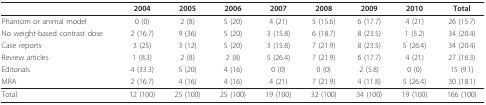
<table><thead><tr><td></td><td><b>2004</b></td><td><b>2005</b></td><td><b>2006</b></td><td><b>2007</b></td><td><b>2008</b></td><td><b>2009</b></td><td><b>2010</b></td><td><b>Total</b></td></tr></thead><tbody><tr><td>Phantom or animal model</td><td>0 (0)</td><td>2 (8)</td><td>5 (20)</td><td>4 (21)</td><td>5 (15.6)</td><td>6 (17.7)</td><td>4 (21)</td><td>26 (15.7)</td></tr><tr><td>No weight-based contrast dose</td><td>2 (16.7)</td><td>9 (36)</td><td>5 (20)</td><td>3 (15.8)</td><td>6 (18.7)</td><td>8 (23.5)</td><td>1 (5.2)</td><td>34 (20.4)</td></tr><tr><td>Case reports</td><td>3 (25)</td><td>3 (12)</td><td>5 (20)</td><td>3 (15.8)</td><td>7 (21.9)</td><td>8 (23.5)</td><td>5 (26.4)</td><td>34 (20.4)</td></tr><tr><td>Review articles</td><td>1 (8.3)</td><td>2 (8)</td><td>2 (8)</td><td>5 (26.4)</td><td>7 (21.9)</td><td>6 (17.7)</td><td>4 (21)</td><td>27 (16.3)</td></tr><tr><td>Editorials</td><td>4 (33.3)</td><td>5 (20)</td><td>4 (16)</td><td>0 (0)</td><td>0 (0)</td><td>2 (5.8)</td><td>0 (0)</td><td>15 (9.1)</td></tr><tr><td>MRA</td><td>2 (16.7)</td><td>4 (16)</td><td>4 (16)</td><td>4 (21)</td><td>7 (21.9)</td><td>4 (11.8)</td><td>5 (26.4)</td><td>30 (18.1)</td></tr><tr><td>Total</td><td>12 (100)</td><td>25 (100)</td><td>25 (100)</td><td>19 (100)</td><td>32 (100)</td><td>34 (100)</td><td>19 (100)</td><td>166 (100)</td></tr></tbody></table>